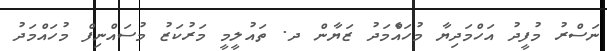
ނަސްރު މުފީދު އަހްމަދިޔާ މުހައެްމަދު ޒަޔާން ދ. ތައުލީމީ މަރުކަޒު މުސައްނިފް މުހައްމަދު